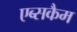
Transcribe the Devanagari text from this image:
एब्सकैम